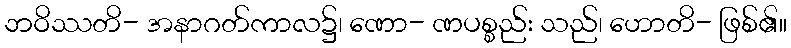
ဘဝိဿတိ- အနာဂတ်ကာလ၌၊ ဏော- ဏပစ္စည်း သည်၊ ဟောတိ- ဖြစ်၏။